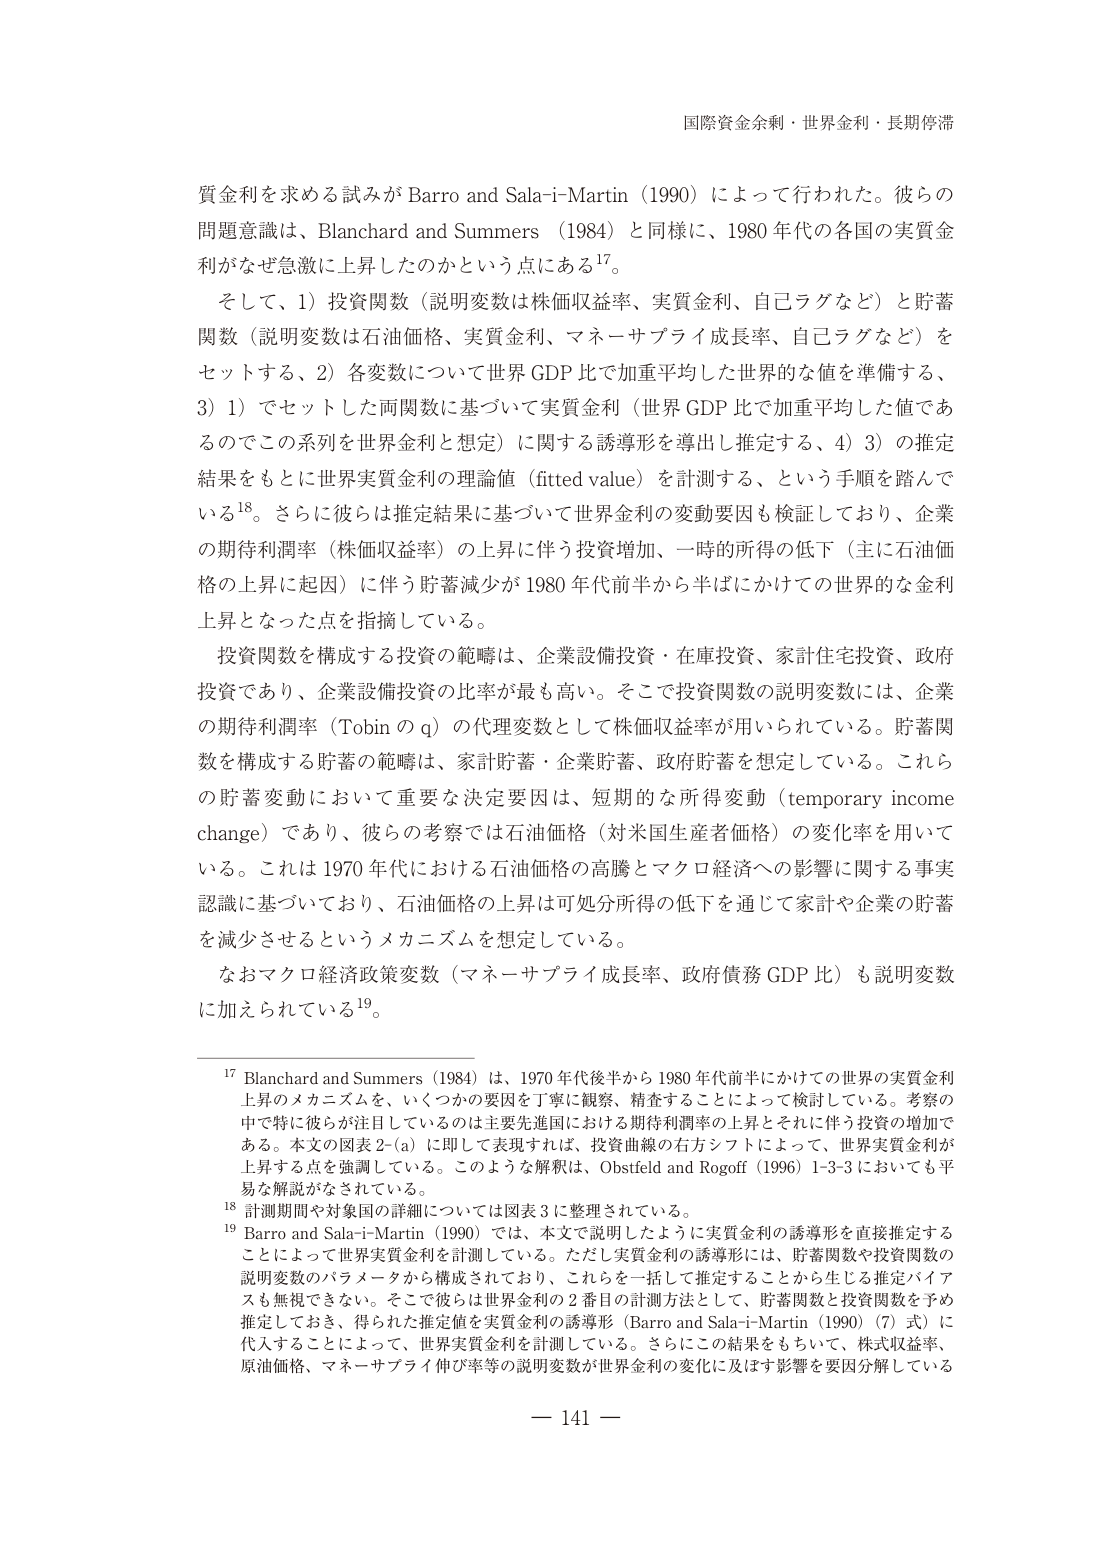
国際資金余剰・世界金利・長期停滞

質金利を求める試みが Barro and Sala-i-Martin（1990）によって行われた。彼らの問題意識は、Blanchard and Summers（1984）と同様に、1980 年代の各国の実質金利がなぜ急激に上昇したのかという点にある¹⁷。

そして、1）投資関数（説明変数は株価収益率、実質金利、自己ラグなど）と貯蓄関数（説明変数は石油価格、実質金利、マネーサプライ成長率、自己ラグなど）をセットする、2）各変数について世界 GDP 比で加重平均した世界的な値を準備する、3）1）でセットした両関数に基づいて実質金利（世界 GDP 比で加重平均した値であるのでこの系列を世界金利と想定）に関する誘導形を導出し推定する、4）3）の推定結果をもとに世界実質金利の理論値（fitted value）を計測する、という手順を踏んでいる¹⁸。さらに彼らは推定結果に基づいて世界金利の変動要因も検証しており、企業の期待利潤率（株価収益率）の上昇に伴う投資増加、一時的所得の低下（主に石油価格の上昇に起因）に伴う貯蓄減少が 1980 年代前半から半ばにかけての世界的な金利上昇となった点を指摘している。

投資関数を構成する投資の範疇は、企業設備投資・在庫投資、家計住宅投資、政府投資であり、企業設備投資の比率が最も高い。そこで投資関数の説明変数には、企業の期待利潤率（Tobin の q）の代理変数として株価収益率が用いられている。貯蓄関数を構成する貯蓄の範疇は、家計貯蓄・企業貯蓄、政府貯蓄を想定している。これらの貯蓄変動において重要な決定要因は、短期的な所得変動（temporary income change）であり、彼らの考察では石油価格（対米国生産者価格）の変化率を用いている。これは 1970 年代における石油価格の高騰とマクロ経済への影響に関する事実認識に基づいており、石油価格の上昇は可処分所得の低下を通じて家計や企業の貯蓄を減少させるというメカニズムを想定している。

なおマクロ経済政策変数（マネーサプライ成長率、政府債務 GDP 比）も説明変数に加えられている¹⁹。

¹⁷ Blanchard and Summers（1984）は、1970 年代後半から 1980 年代前半にかけての世界の実質金利上昇のメカニズムを、いくつかの要因を丁寧に観察、精査することによって検討している。考察の中で特に彼らが注目しているのは主要先進国における期待利潤率の上昇とそれに伴う投資の増加である。本文の図表 2-(a) に即して表現すれば、投資曲線の右方シフトによって、世界実質金利が上昇する点を強調している。このような解釈は、Obstfeld and Rogoff（1996）1-3-3 においても平易な解説がなされている。

¹⁸ 計測期間や対象国の詳細については図表 3 に整理されている。

¹⁹ Barro and Sala-i-Martin（1990）では、本文で説明したように実質金利の誘導形を直接推定することによって世界実質金利を計測している。ただし実質金利の誘導形には、貯蓄関数や投資関数の説明変数のパラメータから構成されており、これらを一括して推定することから生じる推定バイアスも無視できない。そこで彼らは世界金利の 2 番目の計測方法として、貯蓄関数と投資関数を予め推定しておき、得られた推定値を実質金利の誘導形（Barro and Sala-i-Martin（1990）（7）式）に代入することによって、世界実質金利を計測している。さらにこの結果をもちいて、株式収益率、原油価格、マネーサプライ伸び率等の説明変数が世界金利の変化に及ぼす影響を要因分解している

— 141 —